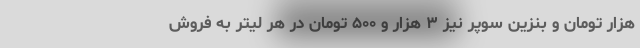
هزار تومان و بنزین سوپر نیز ۳ هزار و ۵۰۰ تومان در هر لیتر به فروش